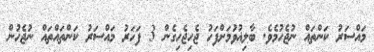
މައްސަރު ކަންތައް ނުޖެހުމެވެ. ބާލިޣުވުމަށްފަހު ޖެހިޖެހިގެން 3 ފަހަރު މައްސަރު ކަންތައްތައް ނުޖެހުން